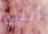
أنني